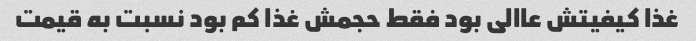
غذا کیفیتش عاالی بود فقط حجمش غذا کم بود نسبت به قیمت